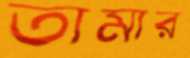
তামার